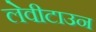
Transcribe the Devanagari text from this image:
लेवीटाउन